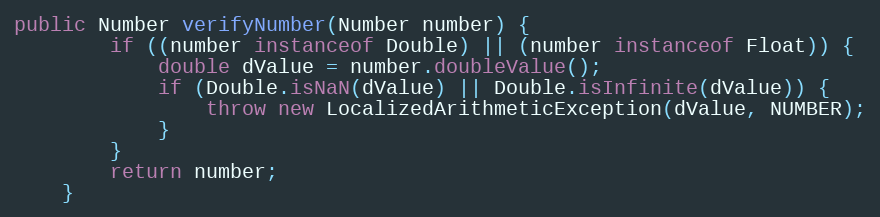
Language: Java
public Number verifyNumber(Number number) {
        if ((number instanceof Double) || (number instanceof Float)) {
            double dValue = number.doubleValue();
            if (Double.isNaN(dValue) || Double.isInfinite(dValue)) {
                throw new LocalizedArithmeticException(dValue, NUMBER);
            }
        }
        return number;
    }